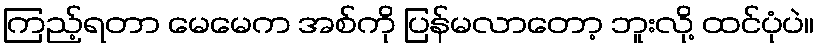
ကြည့်ရတာ မေမေက အစ်ကို ပြန်မလာတော့ ဘူးလို့ ထင်ပုံပဲ။